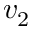
v _ { 2 }